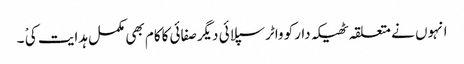
انہوں نے متعلقہ ٹھیکہ دارکو واٹرسپلائی دیگرصفائی کاکام بھی مکمل ہدایت کی ْ ۔